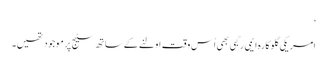
‘
امریکی گلوکارہ ایمی رِگبی بھی اُس وقت اولنے کے ساتھ سٹیج پر موجود تھیں۔